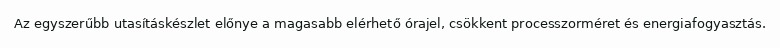
Az egyszerűbb utasításkészlet előnye a magasabb elérhető órajel, csökkent processzorméret és energiafogyasztás.